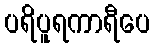
ပရိပူရကာရီပေ